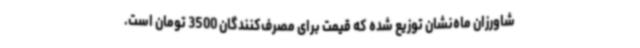
شاورزان ماه‌نشان توزیع شده که قیمت برای مصرف‌کنندگان 3500 تومان است.